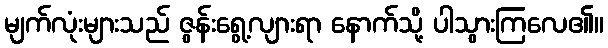
မျက်လုံးများသည် ဇွန်းရွေ့လျားရာ နောက်သို့ ပါသွားကြလေ၏။